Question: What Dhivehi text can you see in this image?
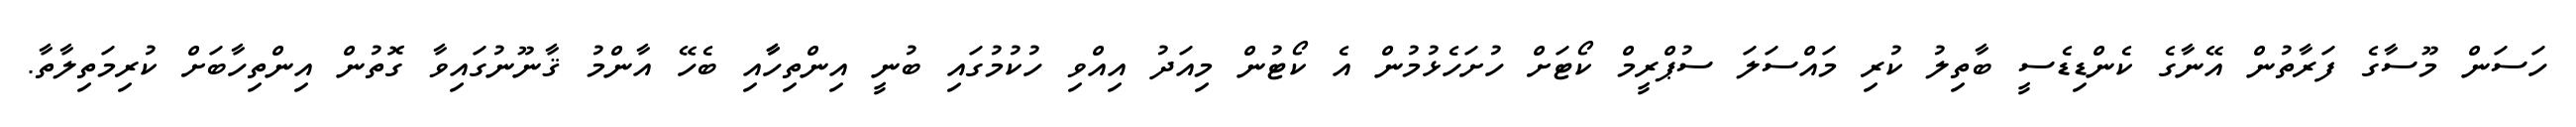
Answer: ހަސަން މޫސާގެ ފަރާތުން އޭނާގެ ކެންޑިޑެސީ ބާތިލު ކުރި މައްސަލަ ސުޕްރީމް ކޯޓަށް ހުށަހެޅުމުން އެ ކޯޓުން މިއަދު އިއްވި ހުކުމުގައި ބުނީ އިންތިހާާއި ބެހޭ އާންމު ޤާނޫނުގައިވާ ގޮތުން އިންތިހާބަށް ކުރިމަތިލާތާ.